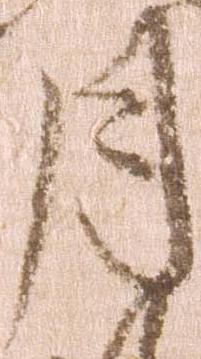
月